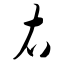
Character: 右